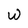
Character: w